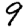
Digit: 9